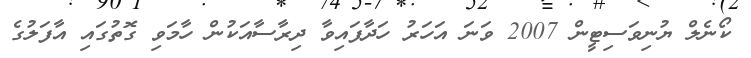
ކޯނެލް ޔުނިވަސިޓީން 2007 ވަނަ އަހަރު ހަދާފައިވާ ދިރާސާއަކުން ހާމަވި ގޮތުގައި އާފަލުގެ